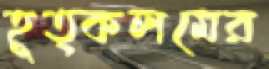
হূত্কলমের